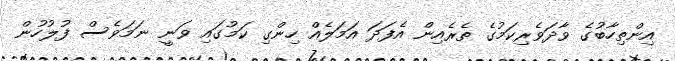
އިންތިހާބުގެ ވާދަވެރިކަމުގެ ތެރެއިން އެފަދަ އަމަލެއް ހިންގި ކަމުގައި ވަނީ ނަމަވެސް ފުލުހުން